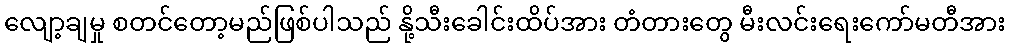
လျော့ချမှု စတင်တော့မည်ဖြစ်ပါသည် နို့သီးခေါင်းထိပ်အား တံတားတွေ မီးလင်းရေးကော်မတီအား